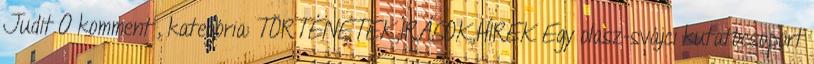
Judit 0 komment , kategória: TÖRTÉNETEK,ÍRÁSOK,HÍREK Egy olasz-svájci kutatócsoport